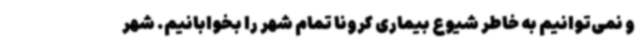
و نمی‌توانیم به خاطر شیوع بیماری کرونا تمام شهر را بخوابانیم. شهر